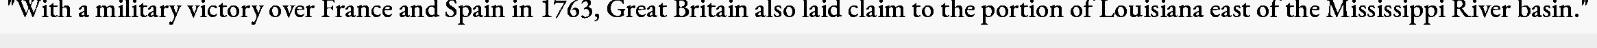
"With a military victory over France and Spain in 1763, Great Britain also laid claim to the portion of Louisiana east of the Mississippi River basin."